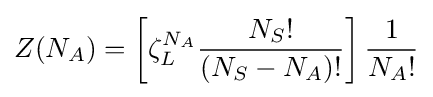
Z(N_{A})=\left[\zeta _{L}^{N_{A}}{\frac {N_{S}!}{(N_{S}-N_{A})!}}\right]{\frac {1}{N_{A}!}}